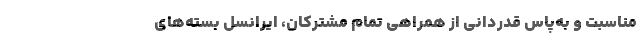
مناسبت و به‌پاس قدردانی از همراهی تمام مشترکان، ایرانسل بسته‌های